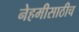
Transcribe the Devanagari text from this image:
नेहमीसाठीच